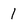
Character: i